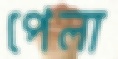
পেলা